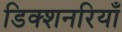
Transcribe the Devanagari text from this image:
डिक्शनरियाँ